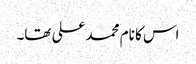
اس کا نام محمد علی تھا۔